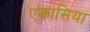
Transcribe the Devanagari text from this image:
एकासिया